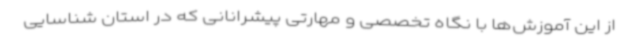
از این آموزش‌ها با نگاه تخصصی و مهارتی پیشرانانی که در استان شناسایی